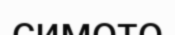
симото